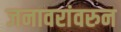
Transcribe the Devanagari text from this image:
जनावरांवरुन